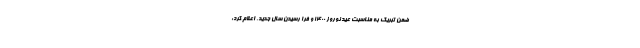
ضمن تبریک به مناسبت عید نوروز 1400 و فرا رسیدن سال جدید، اعلام کرد: